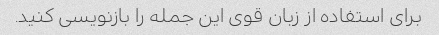
برای استفاده از زبان قوی این جمله را بازنویسی کنید.